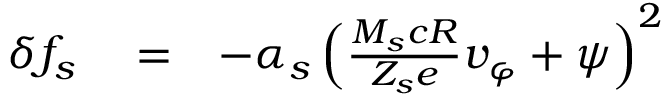
\begin{array} { r l r } { \delta f _ { s } } & { { } = } & { - \alpha _ { s } \left( \frac { M _ { s } c R } { Z _ { s } e } v _ { \varphi } + \psi \right) ^ { 2 } } \end{array}